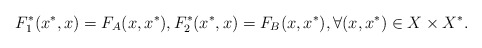
\begin{align*}F_1^*(x^*,x)=F_{A}(x,x^*),F_2^*(x^*,x)=F_{B}(x,x^*),\forall(x,x^*)\in X\times X^*.\end{align*}